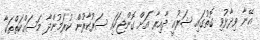
އޭނާ ވިދާޅުވި ގޮތުގައި ޝަރުއީ ދާއިރާ އަށް ގޮންޖަހައި ސަރުކާރުން ކުރަމުންދާ މަސައްކަތްތަކާ